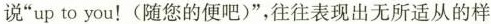
说”up to you！(随您的便吧)”，往往表现出无所适从的样